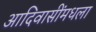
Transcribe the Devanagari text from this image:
आदिवासींमधला